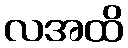
လအထိ